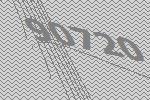
90720